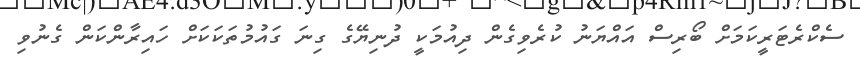
ސެކްރެޓަރީކަމަށް ބޯރިސް އައްޔަނު ކުރެވިގެން ދިއުމަކީ ދުނިޔޭގެ ގިނަ ގައުމުތަކަކަށް ހައިރާންކަން ގެނުވި